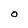
Character: O